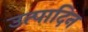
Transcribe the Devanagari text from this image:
उत्पादिन